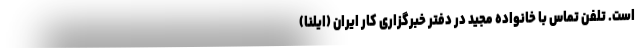
است. تلفن‌ تماس با خانواده مجید در دفتر خبرگزاری کار ایران (ایلنا)